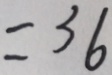
= 3 6